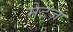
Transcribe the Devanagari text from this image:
मेटर्ज़